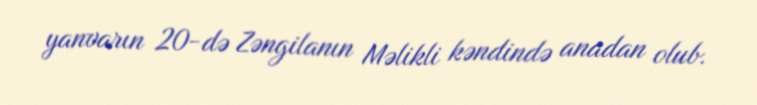
yanvarın 20-də Zəngilanın Məlikli kəndində anadan olub.